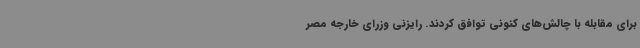
برای مقابله با چالش‌های کنونی توافق کردند. رایزنی وزرای خارجه مصر